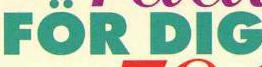
FÖR DIG